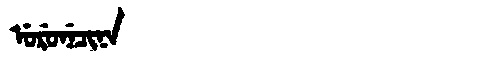
Manchu: ᡠᡵᡠᠨᡝᠴᡳᠨᠠ
Romanization: URUNECINA